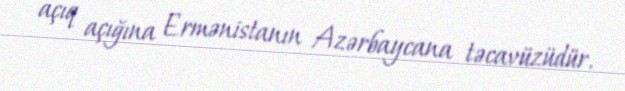
açıq açığına Ermənistanın Azərbaycana təcavüzüdür.